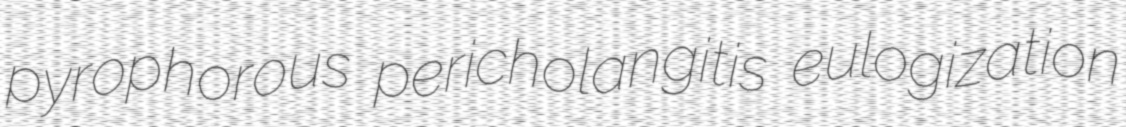
pyrophorous pericholangitis eulogization